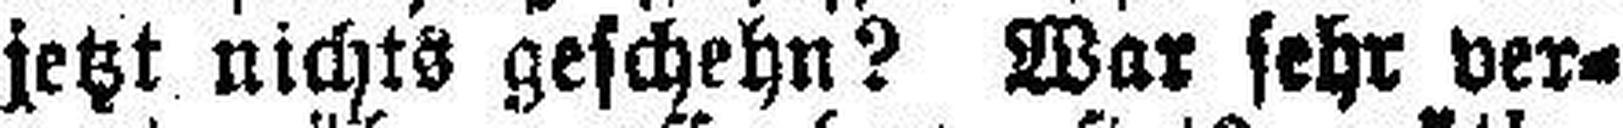
jetzt nichts geschehn? War sehr ver¬